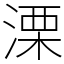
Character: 溧